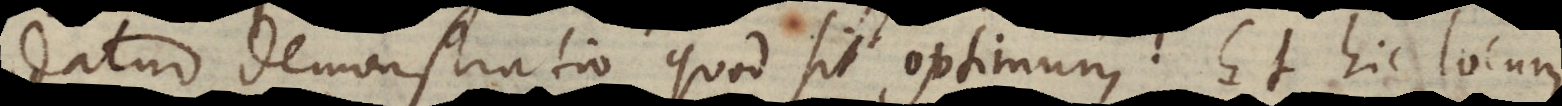
datur demonstratio quod sit optimum. Et hic locum